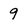
Character: 9